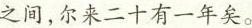
之间，尔来二十有一年矣。